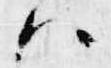
ハ